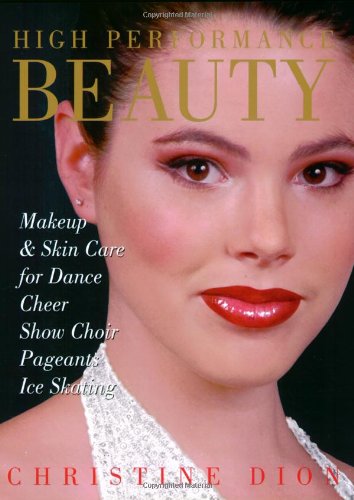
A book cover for High Performance Beauty: Makeup & Skin Care for Dance, Cheer, Show Choir, Pageants & Ice Skating; Christine Dion; Health, Fitness & Dieting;